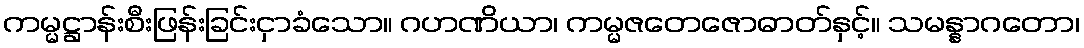
ကမ္မဋ္ဌာန်းစီးဖြန်းခြင်းငှာခံသော။ ဂဟဏိယာ၊ ကမ္မဇတေဇောဓာတ်နှင့်။ သမန္နာဂတော၊